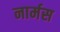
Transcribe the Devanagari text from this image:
नार्मस